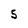
Character: 5